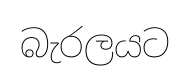
බැරලයට